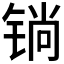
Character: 𲈆